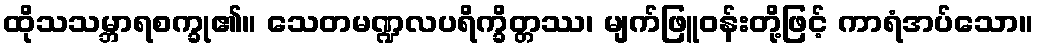
ထိုသသမ္ဘာရစက္ခု၏။ သေတမဏ္ဍလပရိက္ခိတ္တဿ၊ မျက်ဖြူဝန်းတို့ဖြင့် ကာရံအပ်သော။